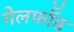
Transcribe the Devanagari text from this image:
गेलफॉँड